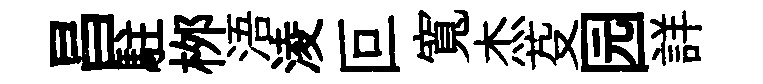
昌駐桞浯淩叵寬杰芟园詳